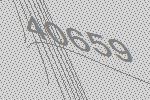
40659